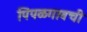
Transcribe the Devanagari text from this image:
पिंपळगावची